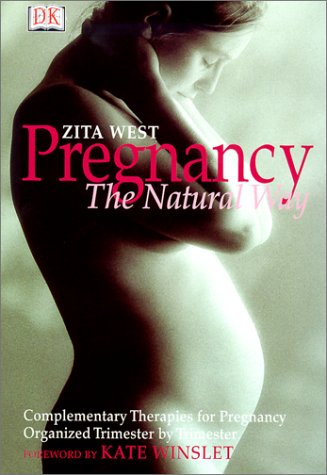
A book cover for Pregnancy the Natural Way; Zita West; Health, Fitness & Dieting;